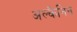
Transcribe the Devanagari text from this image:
अल्कैनिन